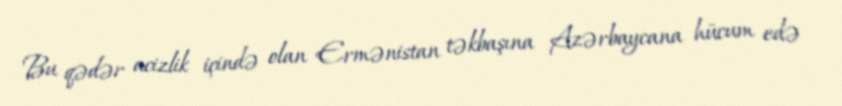
Bu qədər acizlik içində olan Ermənistan təkbaşına Azərbaycana hücum edə